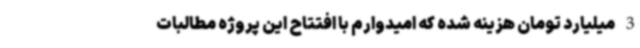
3 میلیارد تومان هزینه شده که امیدوارم با افتتاح این پروژه مطالبات